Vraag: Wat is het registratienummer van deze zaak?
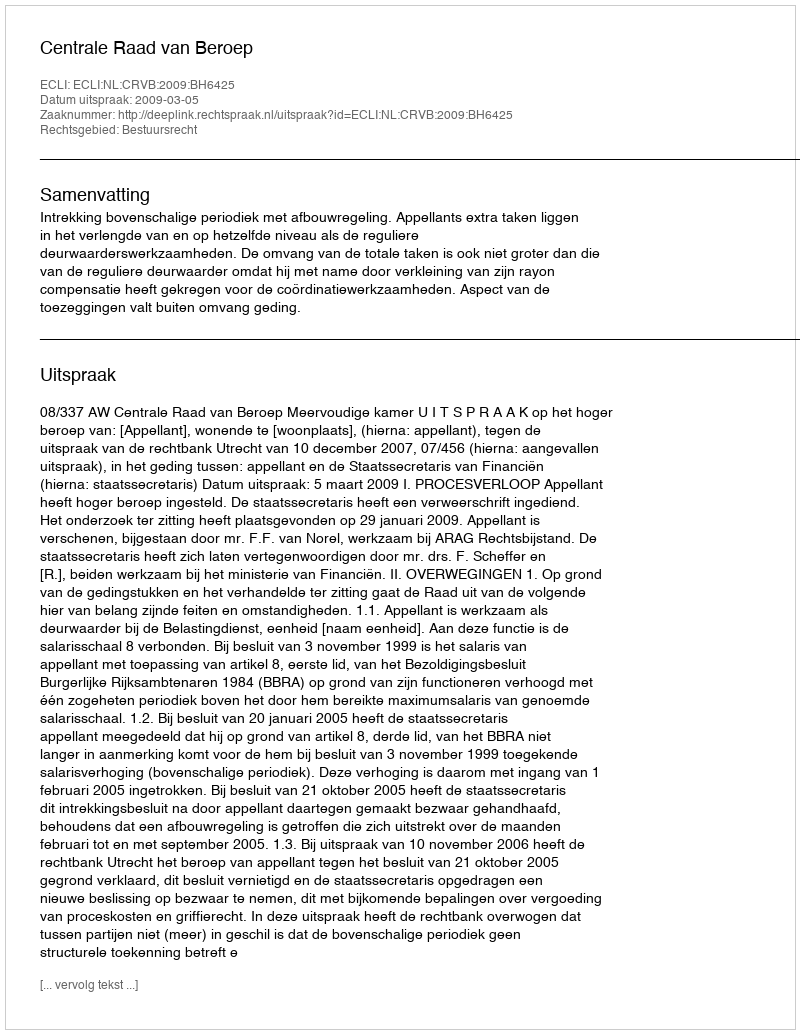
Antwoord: http://deeplink.rechtspraak.nl/uitspraak?id=ECLI:NL:CRVB:2009:BH6425